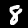
Label: 8